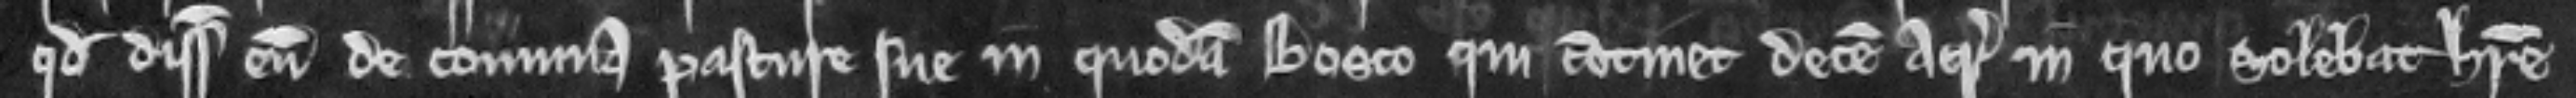
quod disseisiverunt eum de communa pasture sue in quodam bosco qui continet decem acras in quo solebat habere